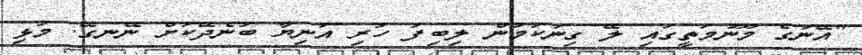
"އޭނަގެ މޫނުމަތީގައި ލޭ ގިނަކަމުން ލިބިފަ ހުރި އަނިޔާ ބުނެދޭކަށް ނޭނގޭ. މުޅި